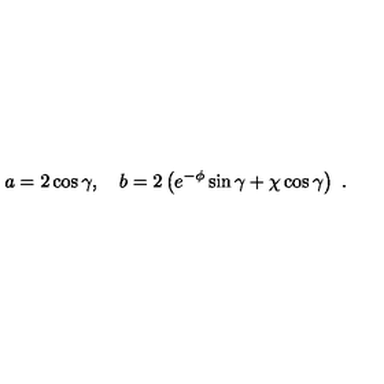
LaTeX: a = 2 \cos \gamma , \quad b = 2 \left( e ^ { - \phi } \sin \gamma + \chi \cos \gamma \right) \ .